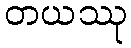
တယဿု